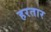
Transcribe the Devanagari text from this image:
हरतार